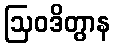
ဩဝဒိတွာန